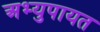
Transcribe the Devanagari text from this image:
अभ्युपायत